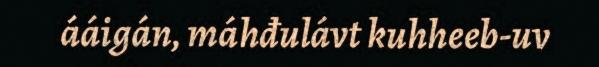
ááigán, máhđulávt kuhheeb-uv